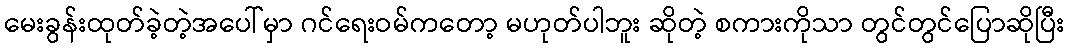
မေးခွန်းထုတ်ခဲ့တဲ့အပေါ်မှာ ဂင်ရေးဝမ်ကတော့ မဟုတ်ပါဘူး ဆိုတဲ့ စကားကိုသာ တွင်တွင်ပြောဆိုပြီး